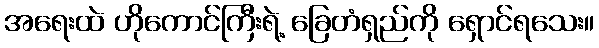
အရေးထဲ ဟိုကောင်ကြီးရဲ့ ခြေတံရှည်ကို ရှောင်ရသေး။